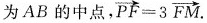
为AB的中点，$$\overrightarrow { P F } = 3 \overrightarrow { F M }$$.